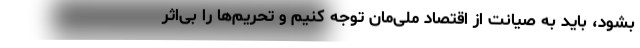
بشود، باید به صیانت از اقتصاد ملی‌مان توجه کنیم و تحریم‌ها را بی‌اثر